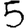
Digit: 5